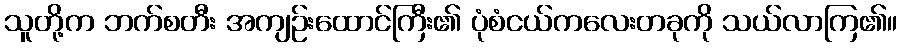
သူတို့က ဘက်စတီး အကျဉ်းထောင်ကြီး၏ ပုံစံငယ်ကလေးတခုကို သယ်လာကြ၏။